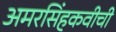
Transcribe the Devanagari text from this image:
अमरसिंहकवीची